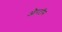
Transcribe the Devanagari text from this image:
औरटॉम